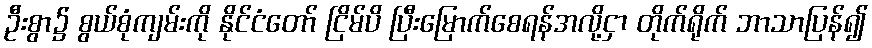
ဦးစွာ၌ စွယ်စုံကျမ်းကို နိုင်ငံတော် ငြိမ်ပိ ပြီးမြောက်စေရန်အလို့ငှာ တိုက်ရိုက် ဘာသာပြန်၍